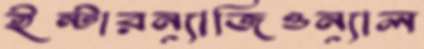
ইন্টারন্যাজিওন্যাল